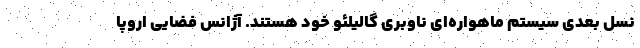
نسل بعدی سیستم ماهواره‌ای ناوبری گالیلئو خود هستند. آژانس فضایی اروپا